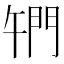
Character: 𨳱